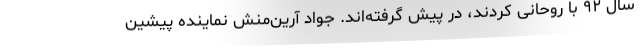
سال ۹۲ با روحانی کردند، در پیش گرفته‌اند. جواد آرین‌منش نماینده پیشین